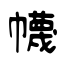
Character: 幭